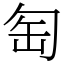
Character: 匋